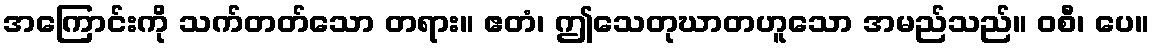
အကြောင်းကို သက်တတ်သော တရား။ ဧတံ၊ ဤသေတုဃာတဟူသော အမည်သည်။ ဝစီ၊ ပေ။